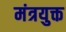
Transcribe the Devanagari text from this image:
मंत्रयुक्त